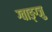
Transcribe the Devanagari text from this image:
ग्वाङ्ग्जु